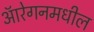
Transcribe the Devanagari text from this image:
ऑरेगनमधील